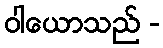
ဝါယောသည် -